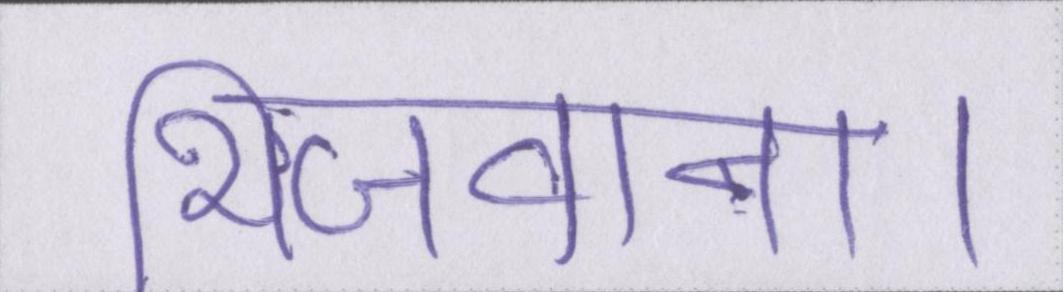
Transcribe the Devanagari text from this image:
भिजवाना।